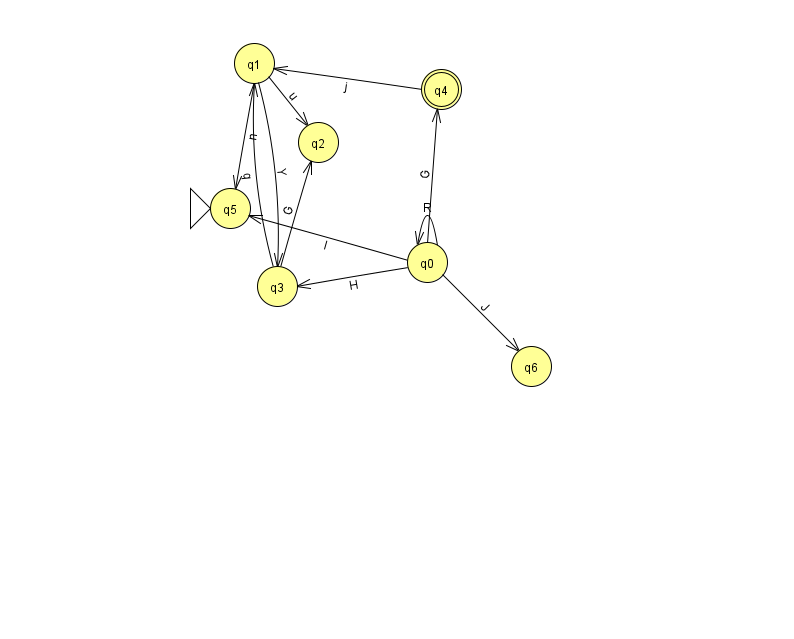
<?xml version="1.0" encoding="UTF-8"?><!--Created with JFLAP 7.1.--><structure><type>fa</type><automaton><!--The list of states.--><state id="0" name="q0"><x>427.0</x><y>249.0</y></state><state id="1" name="q1"><x>254.0</x><y>50.0</y></state><state id="2" name="q2"><x>318.0</x><y>129.0</y></state><state id="3" name="q3"><x>277.0</x><y>273.0</y></state><state id="4" name="q4"><x>441.0</x><y>76.0</y><final/></state><state id="5" name="q5"><x>230.0</x><y>195.0</y><initial/></state><state id="6" name="q6"><x>531.0</x><y>353.0</y></state><!--The list of transitions.--><transition><from>3</from><to>1</to><read>q</read></transition><transition><from>0</from><to>0</to><read>R</read></transition><transition><from>0</from><to>3</to><read>H</read></transition><transition><from>4</from><to>1</to><read>j</read></transition><transition><from>0</from><to>4</to><read>G</read></transition><transition><from>1</from><to>5</to><read>n</read></transition><transition><from>1</from><to>3</to><read>Y</read></transition><transition><from>0</from><to>5</to><read>I</read></transition><transition><from>0</from><to>6</to><read>J</read></transition><transition><from>1</from><to>2</to><read>u</read></transition><transition><from>3</from><to>2</to><read>G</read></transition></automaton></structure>